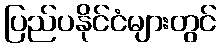
ပြည်ပနိုင်ငံများတွင်